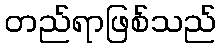
တည်ရာဖြစ်သည်